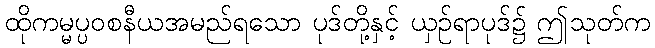
ထိုကမ္မပ္ပဝစနီယအမည်ရသော ပုဒ်တို့နှင့် ယှဉ်ရာပုဒ်၌ ဤသုတ်က